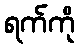
ရက်ကို